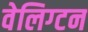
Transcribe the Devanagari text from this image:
वेलिग्टन